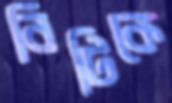
বিটিকে